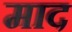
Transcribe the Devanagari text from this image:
माद